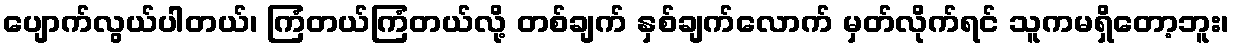
ပျောက်လွယ်ပါတယ်၊ ကြံတယ်ကြံတယ်လို့ တစ်ချက် နှစ်ချက်လောက် မှတ်လိုက်ရင် သူကမရှိတော့ဘူး၊